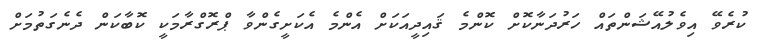
ކުރެވޭ އިވެލުއޭޝަންތައް ހަރުދަނާކޮށް ކޮންމެ ޤައިދީއަކަށް އެންމެ އެކަށީގެންވާ ޕްރޮގްރާމަކީ ކޮބާކަން ދެނެގަތުމަށް